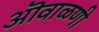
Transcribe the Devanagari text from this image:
ऒवाळणी